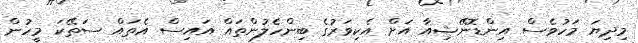
މިދިޔަ މަހުވެސް އިންޑޮނޭޝިއާ އަށް އެކިވަރުގެ ބިންހެލުންތައް އައިސް އެތައް ސަތޭކަ މީހުން